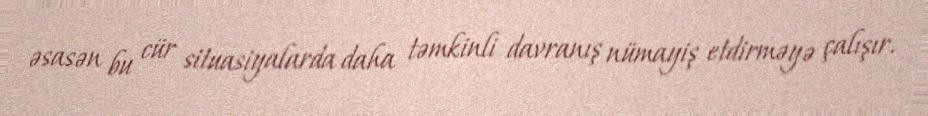
əsasən bu cür situasiyalarda daha təmkinli davranış nümayiş etdirməyə çalışır.